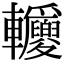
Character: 𨐂